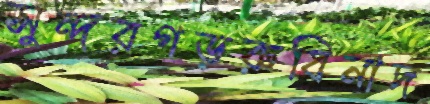
সুন্দরগড়রুবিনাদ